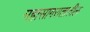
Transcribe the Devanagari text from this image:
महासागरातातील